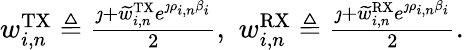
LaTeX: \begin{array}{r}{w_{i,n}^{\mathrm{TX}}\triangleq\frac{\jmath+\widetilde{w}_{i,n}^{\mathrm{TX}}e^{\jmath\rho_{i,n}\beta_{i}}}{2},\, \, w_{i,n}^{\mathrm{RX}}\triangleq\frac{\jmath+\widetilde{w}_{i,n}^{\mathrm{RX}}e^{\jmath\rho_{i,n}\beta_{i}}}{2}.}\end{array}